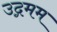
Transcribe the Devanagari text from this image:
उद्गमम